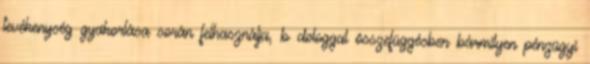
tevékenység gyakorlása során felhasználja, b dologgal összefüggésben bármilyen pénzügyi